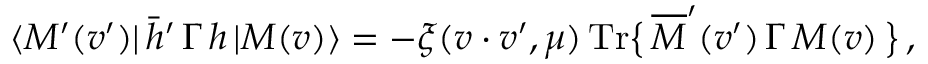
\langle M ^ { \prime } ( v ^ { \prime } ) | \, \bar { h } ^ { \prime } \, \Gamma \, h \, | M ( v ) \rangle = - \xi ( v \cdot v ^ { \prime } , \mu ) \, \mathrm { T r } \big \{ \, \overline { { { \cal { M } } } } ^ { \prime } ( v ^ { \prime } ) \, \Gamma \, { \cal { M } } ( v ) \, \big \} \, ,